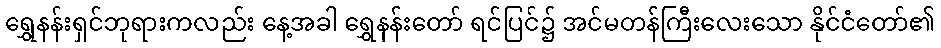
ရွှေနန်းရှင်ဘုရားကလည်း နေ့အခါ ရွှေနန်းတော် ရင်ပြင်၌ အင်မတန်ကြီးလေးသော နိုင်ငံတော်၏